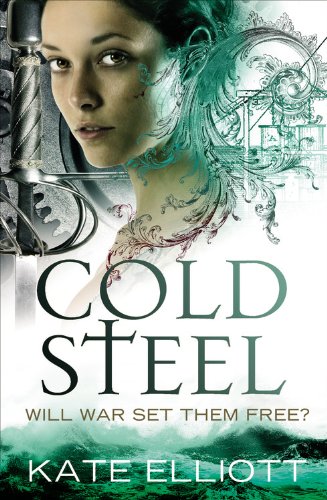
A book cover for Cold Steel (The Spiritwalker Trilogy); Kate Elliott; Science Fiction & Fantasy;